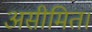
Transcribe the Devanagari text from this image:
असीमित।